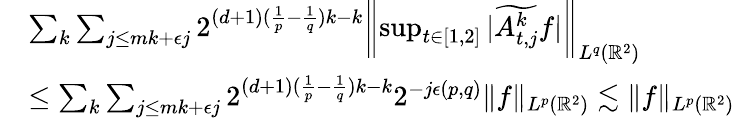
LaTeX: \begin{array}{rl}&{\sum_{k}\sum_{j\le mk+\epsilon j}2^{(d+1)(\frac{1}{p}-\frac{1}{q})k-k}\biggl\| \operatorname*{sup}_{t\in[1,2]}|\widetilde{A_{t,j}^{k}}f|\biggl\| _{L^{q}(\mathbb{R}^{2})}}\\ &{\le\sum_{k}\sum_{j\le mk+\epsilon j}2^{(d+1)(\frac{1}{p}-\frac{1}{q})k-k}2^{-j\epsilon(p,q)}\| f\| _{L^{p}(\mathbb{R}^{2})}\lesssim\| f\| _{L^{p}(\mathbb{R}^{2})}}\end{array}